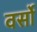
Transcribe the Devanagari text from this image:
वर्सो